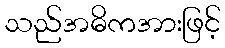
သည်အဓိကအားဖြင့်